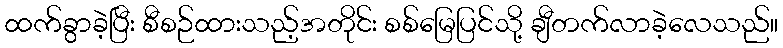
ထက်ခွာခဲ့ပြီး စီစဉ်ထားသည့်အတိုင်း စစ်မြေပြင်သို့ ချီတက်လာခဲ့လေသည်။